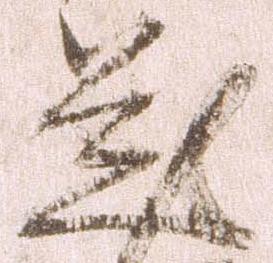
題